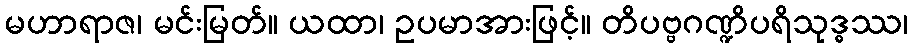
မဟာရာဇ၊ မင်းမြတ်။ ယထာ၊ ဥပမာအားဖြင့်။ တိပဗ္ဗဂဏ္ဍိပရိသုဒ္ဓဿ၊